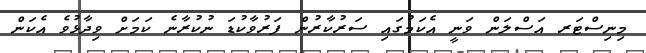
މިނިސްޓަރ އަސްލަން ވަނީ އެކަމުގައި ސަރުކާރުން ފަރުވާކުޑަ ނުކުރާނެ ކަމަށް ވިދާޅުވެ އެކަން